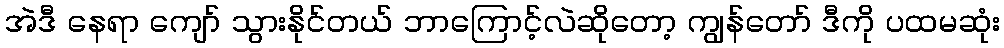
အဲဒီ နေရာ ကျော် သွားနိုင်တယ် ဘာကြောင့်လဲဆိုတော့ ကျွန်တော် ဒီကို ပထမဆုံး